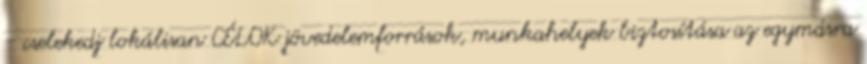
- cselekedj lokálisan CÉLOK jövedelemforrások, munkahelyek biztosítása az egymásra